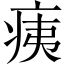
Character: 痍